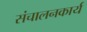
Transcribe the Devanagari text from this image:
संचालनकार्य